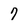
Character: 7